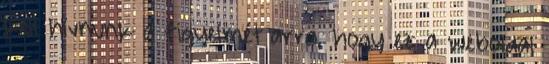
kell hívnunk a figyelmét arra, hogy ez a weboldal